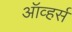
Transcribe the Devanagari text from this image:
ऑव्हर्स